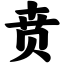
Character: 贲